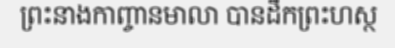
ព្រះនាងកាញ្ចានមាលា បានដឹកព្រះហស្ថ